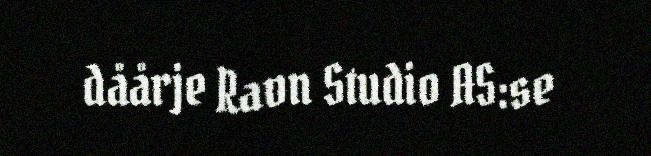
dåårje Ravn Studio AS:se